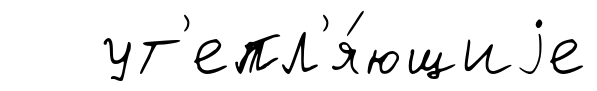
ут'епл'я́ющиjе